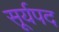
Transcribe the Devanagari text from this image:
सूर्यपद